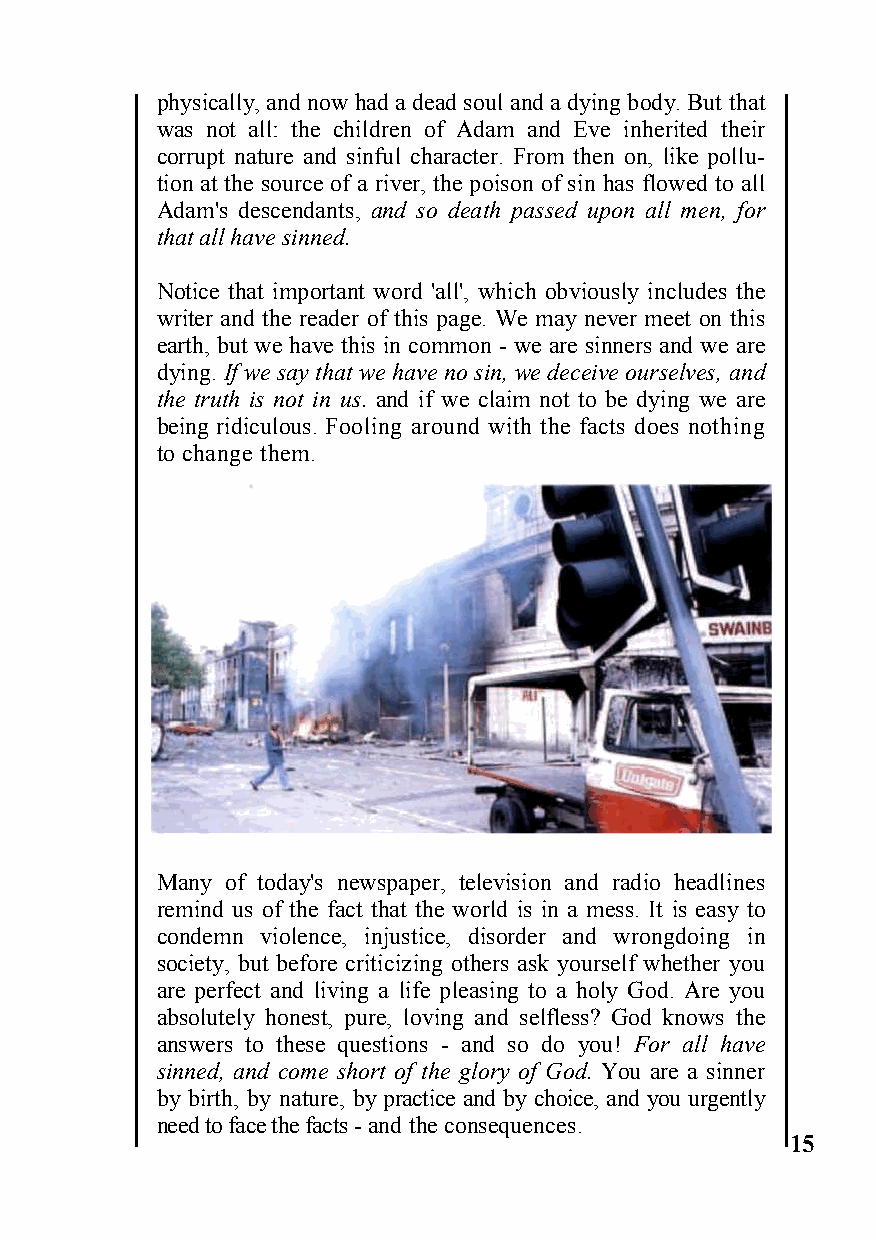
physically, and now had a dead soul and a dying body. But that
 was not all: the children of Adam and Eve inherited their
 corrupt nature and sinful character. From then on, like pollu-
 tion at the source of a river, the poison of sin has flowed to all
 Adam's descendants, and so death passed upon all men, for
 that all have sinned.
 Notice that important word 'all', which obviously includes the
 writer and the reader of this page. We may never meet on this
 earth, but we have this in common - we are sinners and we are
 dying. If we say that we have no sin, we deceive ourselves, and
 the truth is not in us. and if we claim not to be dying we are
 being ridiculous. Fooling around with the facts does nothing
 to change them.
 Many of today's newspaper, television and radio headlines
 remind us of the fact that the world is in a mess. It is easy to
 condemn violence, injustice, disorder and wrongdoing in
 society, but before criticizing others ask yourself whether you
 are perfect and living a life pleasing to a holy God. Are you
 absolutely honest, pure, loving and selfless? God knows the
 answers to these questions - and so do you! For all have
 sinned, and come short of the glory of God. You are a sinner
 by birth, by nature, by practice and by choice, and you urgently
 need to face the facts - and the consequences.
 15